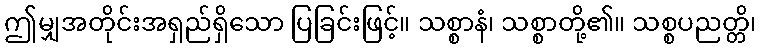
ဤမျှအတိုင်းအရှည်ရှိသော ပြခြင်းဖြင့်။ သစ္စာနံ၊ သစ္စာတို့၏။ သစ္စပညတ္တိ၊